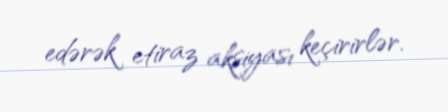
edərək etiraz aksiyası keçirirlər.